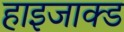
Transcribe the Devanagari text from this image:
हाइजाक्ड